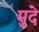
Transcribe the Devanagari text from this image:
मुदे